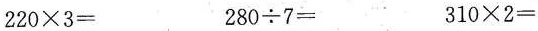
$$2 2 0 \times 3 =$$ $$2 8 0 \div 7 =$$ $$3 1 0 \times 2 =$$